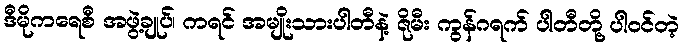
ဒီမိုကရေစီ အဖွဲ့ချုပ်၊ ကရင် အမျိုးသားပါတီနဲ့ ဇိုမီး ကွန်ဂရက် ပါတီတို့ ပါဝင်တဲ့